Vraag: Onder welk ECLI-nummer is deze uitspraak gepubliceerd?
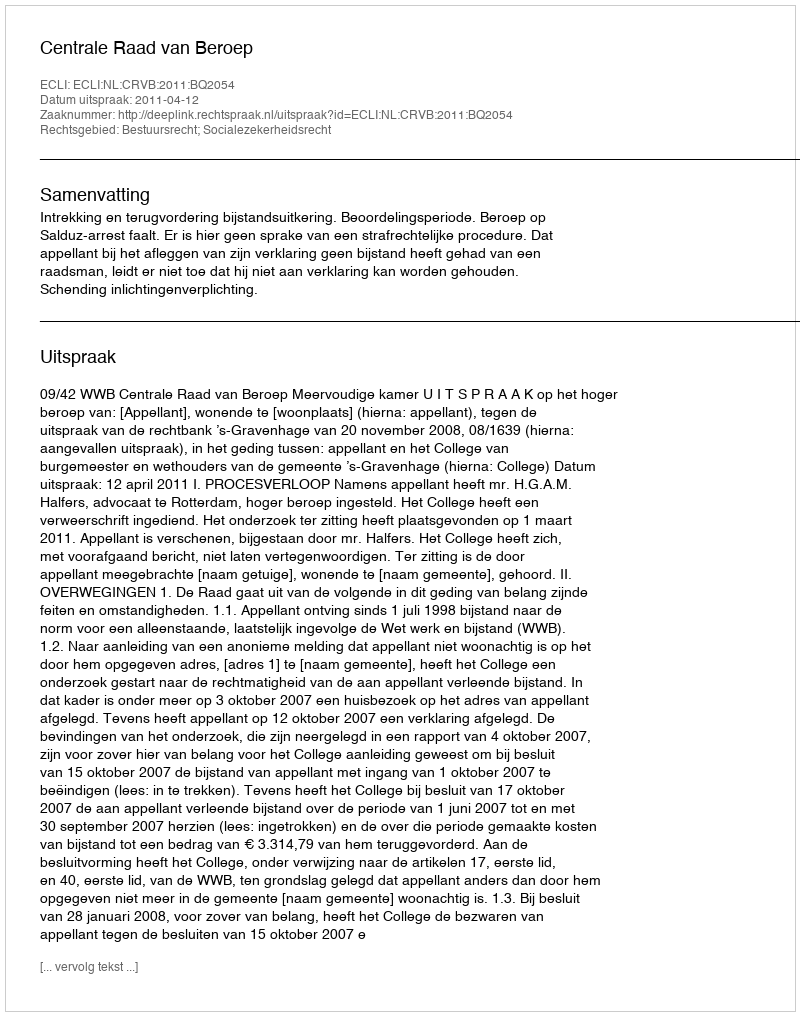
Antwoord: ECLI:NL:CRVB:2011:BQ2054